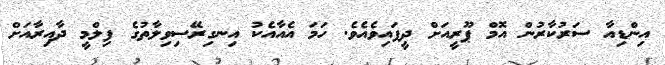
އިންޑިއާ ސަރުކާރުން އޮމް ޕޫރީއަށް ދީފައިވެއެވެ. ހަމަ އެއާއެކު އިނގިރޭސިވިލާތުގެ ފިލްމީ ދާއިރާއަށް